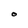
Character: O